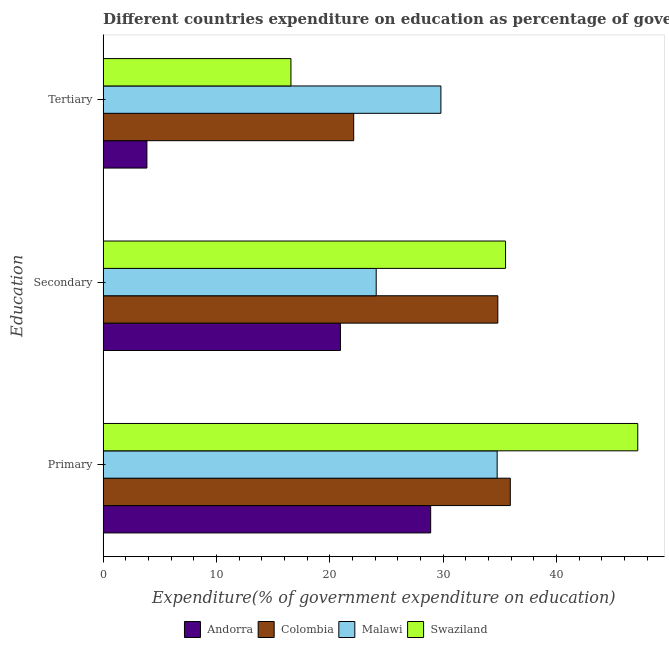
| Education | Andorra | Colombia | Malawi | Swaziland |
 | --- | --- | --- | --- | --- |
 | Primary | 28.9 | 35.9 | 34.8 | 47.2 |
 | Secondary | 20.9 | 34.8 | 24.1 | 35.5 |
 | Tertiary | 3.86 | 22.1 | 29.8 | 16.6 |